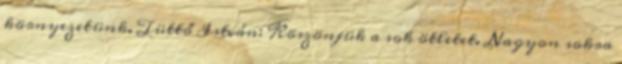
környezetünk. Tüttő István: Köszönjük a sok ötletet. Nagyon sokra